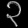
Digit: ၃